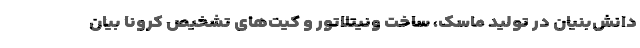
دانش‌بنیان در تولید ماسک، ساخت ونیتلاتور و کیت‌های تشخیص کرونا بیان